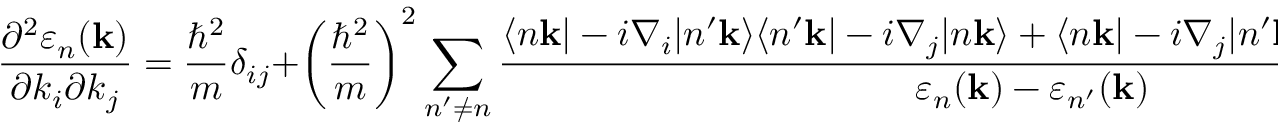
{ \frac { \partial ^ { 2 } \varepsilon _ { n } ( \mathbf { k } ) } { \partial k _ { i } \partial k _ { j } } } = { \frac { \hbar ^ { 2 } } { m } } \delta _ { i j } + \left( { \frac { \hbar ^ { 2 } } { m } } \right) ^ { 2 } \sum _ { n ^ { \prime } \neq n } { \frac { \langle n \mathbf { k } | - i \nabla _ { i } | n ^ { \prime } \mathbf { k } \rangle \langle n ^ { \prime } \mathbf { k } | - i \nabla _ { j } | n \mathbf { k } \rangle + \langle n \mathbf { k } | - i \nabla _ { j } | n ^ { \prime } \mathbf { k } \rangle \langle n ^ { \prime } \mathbf { k } | - i \nabla _ { i } | n \mathbf { k } \rangle } { \varepsilon _ { n } ( \mathbf { k } ) - \varepsilon _ { n ^ { \prime } } ( \mathbf { k } ) } }